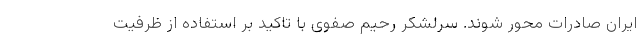
ایران صادرات محور شوند. سرلشکر رحیم صفوی با تاکید بر استفاده از ظرفیت